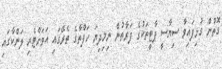
ގޮތުން ގުޅިފައިވާ ސިޔާސީ ޕާޓީތަކުގެ ފަރާތުން ނިމިދިޔަ ހަފްތާގެ ތެރޭގައި އަވަށްޓެރި ލަންކާގައި